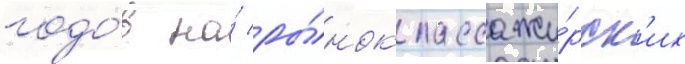
годо́в на́ ры́нок пассажи́рск'их